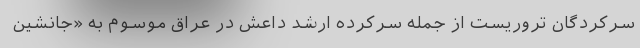
سرکردگان تروریست از جمله سرکرده ارشد داعش در عراق موسوم به «جانشین